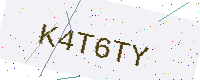
Text: K4T6TY